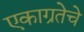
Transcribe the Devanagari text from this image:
एकाग्रतेचे